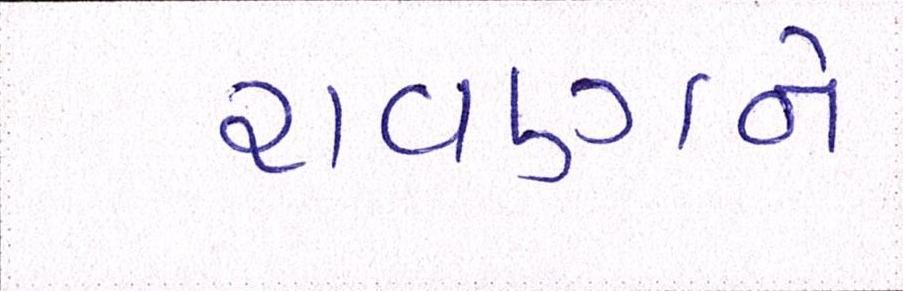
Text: રાવણને